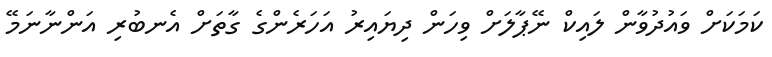
ކަމަކަށް ވައުދުވާން ލައިކް ނޭޕާލަށް ވިހަން ދިޔައިރު އަހަރެންގެ ގާތަށް އެނބުރި އަންނާނަމޭ